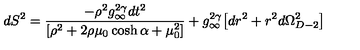
d S ^ { 2 } = \frac { - \rho ^ { 2 } g _ { \infty } ^ { 2 \gamma } d t ^ { 2 } } { [ \rho ^ { 2 } + 2 \rho \mu _ { 0 } \cosh \alpha + \mu _ { 0 } ^ { 2 } ] } + g _ { \infty } ^ { 2 \gamma } \bigl [ d r ^ { 2 } + r ^ { 2 } d \Omega _ { D - 2 } ^ { 2 } \bigr ]